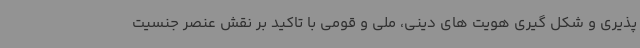
پذیری و شکل گیری هویت های دینی، ملی و قومی با تاکید بر نقش عنصر جنسیت